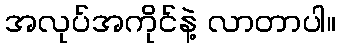
အလုပ်အကိုင်နဲ့ လာတာပါ။